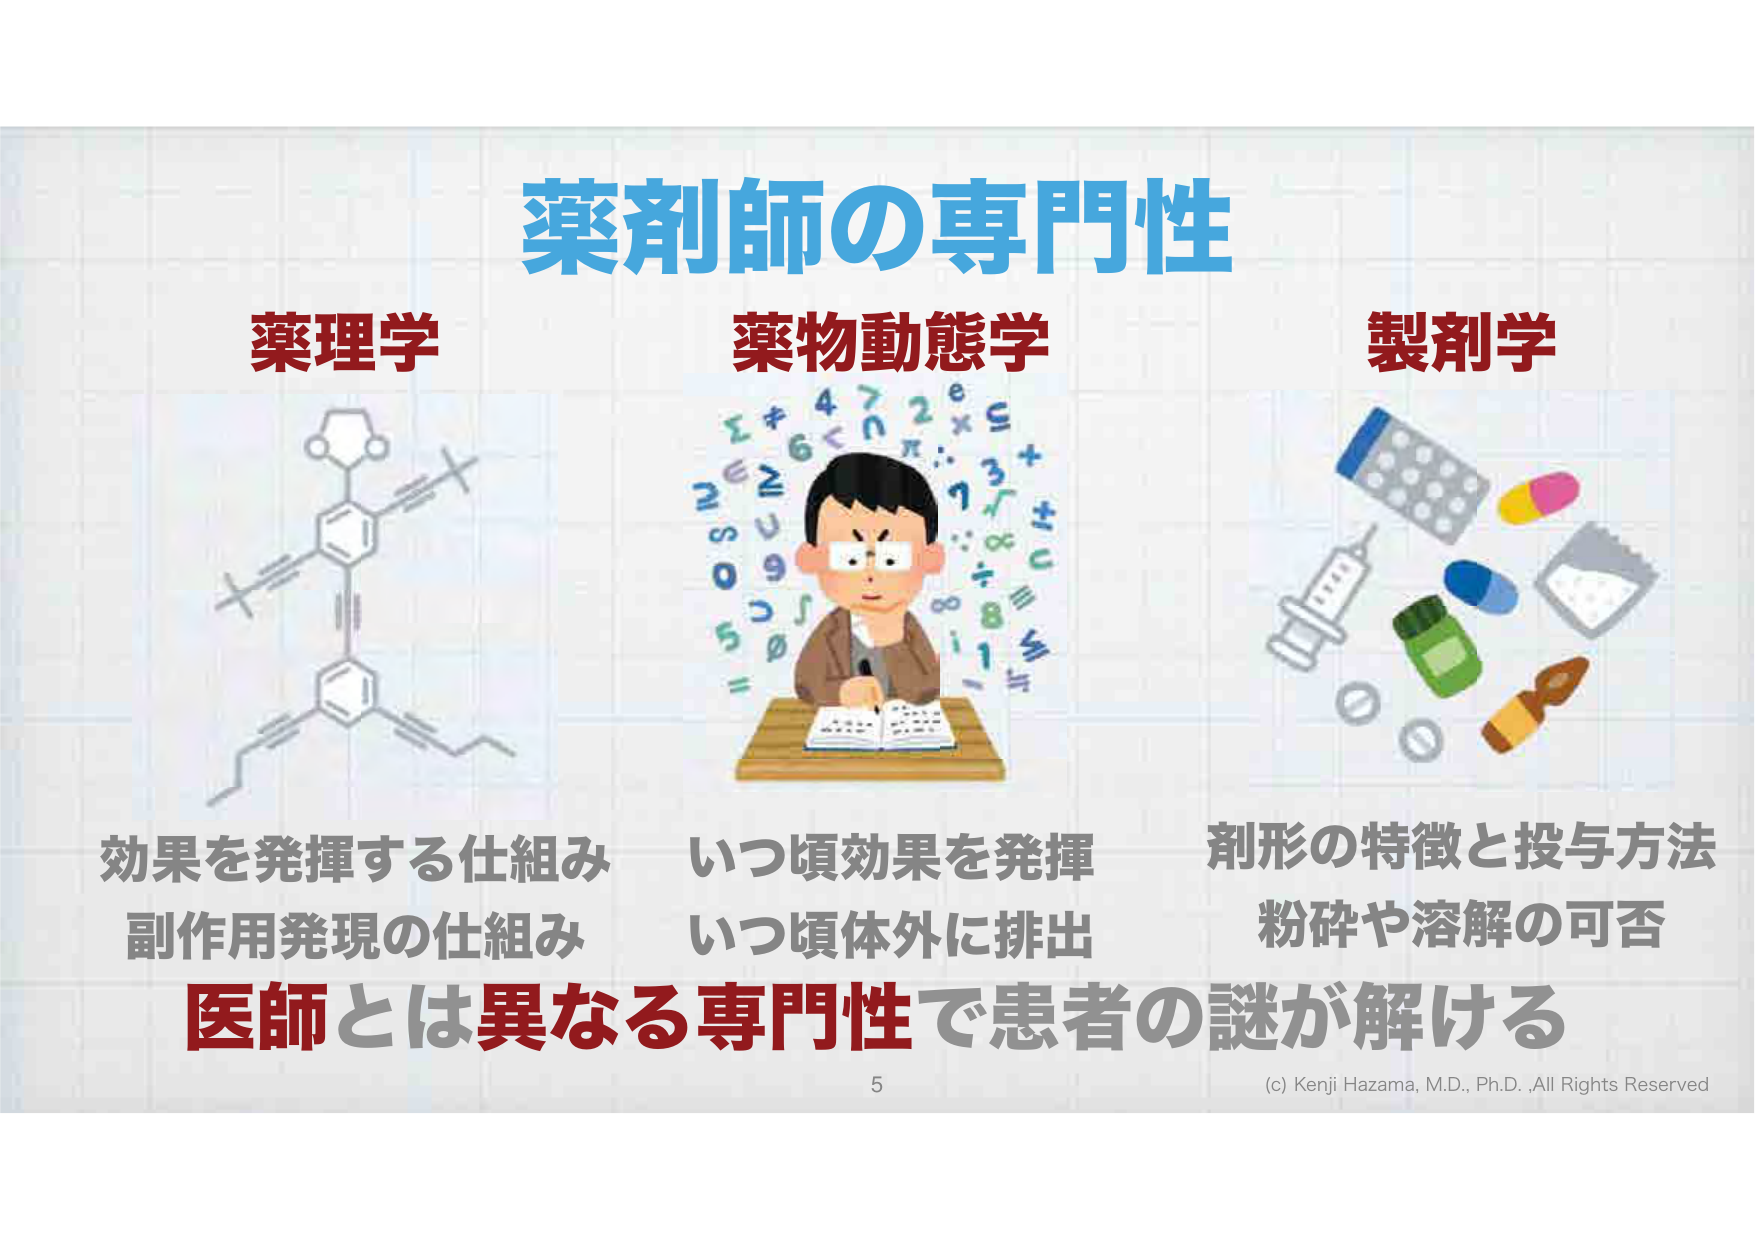
薬剤師の専門性
薬理学
薬物動態学
製剤学
効果を発揮する仕組み
副作用発現の仕組み
いつ頃効果を発揮
いつ頃体外に排出
剤形の特徴と投与方法
粉砕や溶解の可否
医師とは異なる専門性で患者の謎が解ける
5
(c) Kenji Hazama, M.D., Ph.D., All Rights Reserved